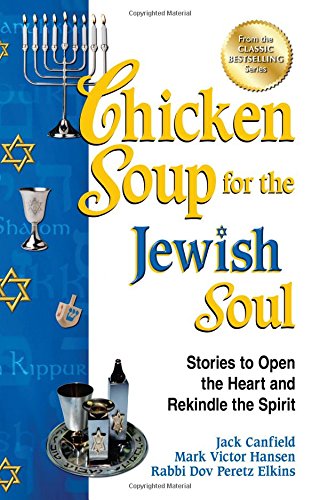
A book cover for Chicken Soup for the Jewish Soul: Stories to Open the Heart and Rekindle the Spirit; Jack Canfield; Religion & Spirituality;